Civil Veterinary Dept. Bombay admin report 1914-1922 - 1914-1922
Year: 1914
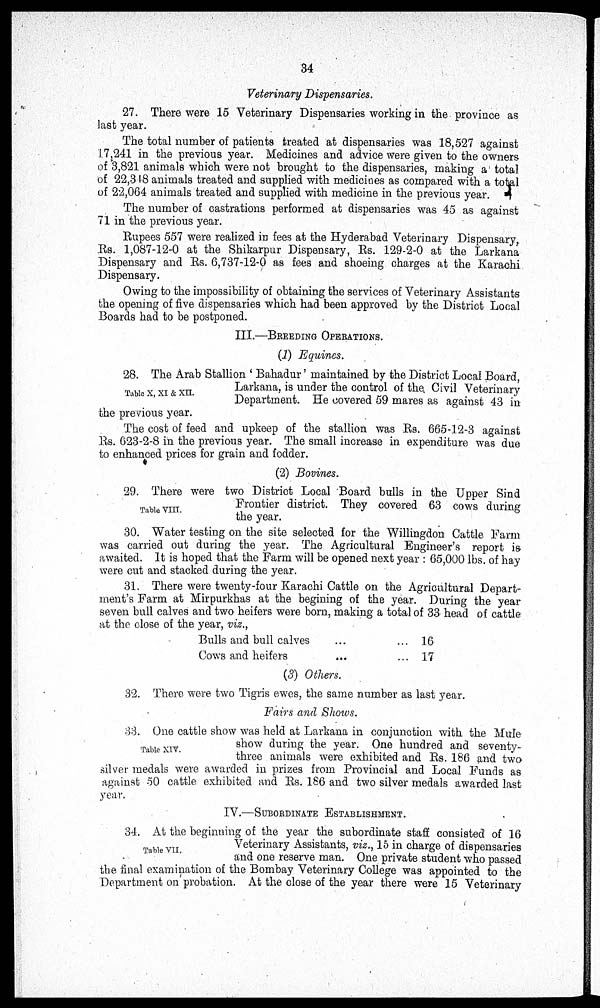
34
Veterinary Dispensaries.
27. There were 15 Veterinary Dispensaries working in the province as
last year.
The total number of patients treated at dispensaries was 18,527 against
17,241 in the previous year. Medicines and advice were given to the owners
of 3,821 animals which were not brought to the dispensaries, making a total
of 22,348 animals treated and supplied with medicines as compared with a total
of 22,064 animals treated and supplied with medicine in the previous year.
The number of castrations performed at dispensaries was 45 as against
71 in the previous year.
Rupees 557 were realized in fees at the Hyderabad Veterinary Dispensary,
Rs. 1,087-12-0 at the Shikarpur Dispensary, Rs. 129-2-0 at the Larkana
Dispensary and Rs. 6,737-12-0 as fees and shoeing charges at the Karachi
Dispensary.
Owing to the impossibility of obtaining the services of Veterinary Assistants
the opening of five dispensaries which had been approved by the District Local
Boards had to be postponed.
III.—BREEDING OPERATIONS.
(1) Equines.
Table X, XI & XII.
28. The Arab Stallion 'Bahadur' maintained by the District Local Board
Larkana, is under the control of the Civil Veterinary
Department. He covered 59 mares as against 43 in
the previous year.
The cost of feed and upkeep of the stallion was Rs. 665-12-3 against
Rs. 623-2-8 in the previous year. The small increase in expenditure was due
to enhanced prices for grain and fodder.
(2) Bovines.
Table VIII.
29. There were two District Local Board bulls in the Upper Sind
Frontier district. They covered 63 cows during
the year.
30. Water testing on the site selected for the Willingdon Cattle Farm
was carried out during the year. The Agricultural Engineer's report is
awaited. It is hoped that the Farm will be opened next year: 65,000 lbs. of hay
were cut and stacked during the year.
31. There were twenty-four Karachi Cattle on the Agricultural Depart-
ment's Farm at Mirpurkhas at the begining of the year. During the year
seven bull calves and two heifers were born, making a total of 33 head of cattle
at the close of the year, viz.,
Bulls and bull calves
... ...
Cows and heifers ... ...
16
17
(3) Others.
32. There were two Tigris ewes, the same number as last year.
Fairs and Shows.
Table XIV.
33. One cattle show was held at Larkana in conjunction with the Mule
show during the year. One hundred and seventy-
three animals were exhibited and Rs. 186 and two
silver medals were awarded in prizes from Provincial and Local Funds as
against 50 cattle exhibited and Rs. 186 and two silver medals awarded last
year.
IV.—SUBORDINATE ESTABLISHMENT.
Table VII.
34. At the beginning of the year the subordinate staff consisted of 16
Veterinary Assistants, viz., 15 in charge of dispensaries
and one reserve man. One private student who passed
the final examination of the Bombay Veterinary College was appointed to the
Department on probation. At the close of the year there were 15 Veterinary